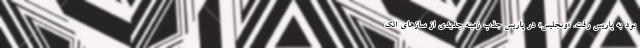
بود به پاریس رفت. «ونجلیس» در پاریس جذب زمینه جدیدی از سازهای الک